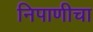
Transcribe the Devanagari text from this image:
निपाणीचा